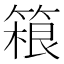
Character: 𬕤